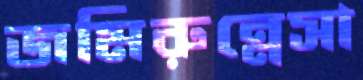
জমিরুন্নেসা